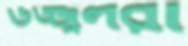
উজ্জ্বলরা